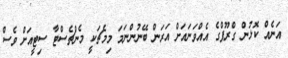
އަނެއް ކޮޅުން ގްރޫޕްގެ އެއްވަނައަށް އަރަން ބޭނުންނަމަ މިމެޗަކީ މެންޗެސްޓާ ސިޓީއަށް ވެސް